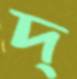
দ্